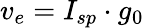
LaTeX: v_{e}=I_{sp}\cdot g_{0}